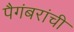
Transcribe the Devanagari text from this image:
पैगंबरांची